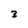
Character: 3